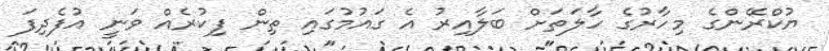
ޔުކްރޭންގެ މިހާރުގެ ހާލަތަށް ބަލާއިރު އެ ގައުމުގައި ތިން ފިކުރެއް ވަނީ އުފެދިފަ